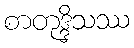
စာတုဒ္ဒိသဿ